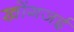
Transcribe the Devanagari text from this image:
खोंगजई